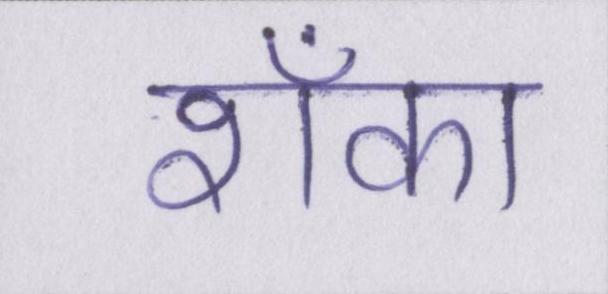
शँका